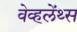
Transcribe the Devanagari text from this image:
वेव्हलेंथ्स